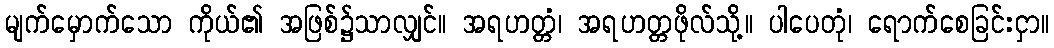
မျက်မှောက်သော ကိုယ်၏ အဖြစ်၌သာလျှင်။ အရဟတ္တံ၊ အရဟတ္တဖိုလ်သို့။ ပါပေတုံ၊ ရောက်စေခြင်းငှာ။